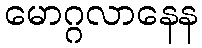
မောဂ္ဂလာနေန